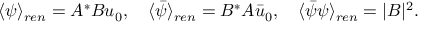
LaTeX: \langle \psi \rangle _ { r e n } = A ^ { * } B u _ { 0 } , \quad \langle \bar { \psi } \rangle _ { r e n } = B ^ { * } A \bar { u } _ { 0 } , \quad \langle \bar { \psi } \psi \rangle _ { r e n } = | B | ^ { 2 } .